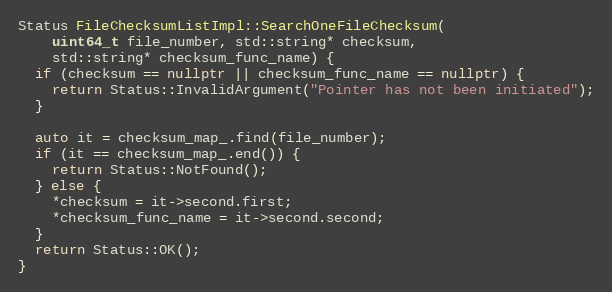
Language: C++
Status FileChecksumListImpl::SearchOneFileChecksum(
    uint64_t file_number, std::string* checksum,
    std::string* checksum_func_name) {
  if (checksum == nullptr || checksum_func_name == nullptr) {
    return Status::InvalidArgument("Pointer has not been initiated");
  }

  auto it = checksum_map_.find(file_number);
  if (it == checksum_map_.end()) {
    return Status::NotFound();
  } else {
    *checksum = it->second.first;
    *checksum_func_name = it->second.second;
  }
  return Status::OK();
}